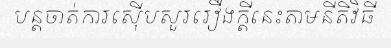
បន្តចាត់ការស៊ើបសួររឿងក្តីនេះតាមនីតិវិធី